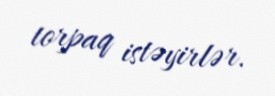
torpaq istəyirlər.